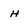
Character: H